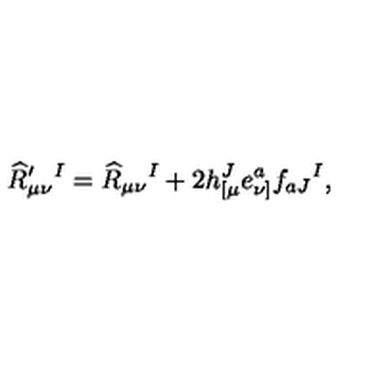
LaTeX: \widehat R _ { \mu \nu } ^ { \prime } { } ^ { I } = \widehat R _ { \mu \nu } { } ^ { I } + 2 h _ { [ \mu } ^ { J } e _ { \nu ] } ^ { a } f _ { a J } { } ^ { I } ,